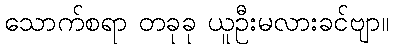
သောက်စရာ တခုခု ယူဦးမလားခင်ဗျာ။